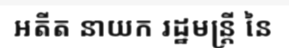
អតីត នាយក រដ្ឋមន្ត្រី នៃ